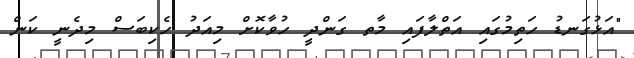
"އަޅުގަނޑު ހަތިމުގައި އަތްލާފައި މާތ ގަންދީ ހުވާކޮށް މިއަދު ހެކިބަސް މިދެނީ ކަން